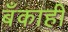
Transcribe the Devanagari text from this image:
बँकाही